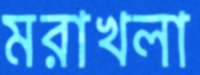
মরাখলা